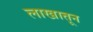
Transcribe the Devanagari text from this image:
लाखातून